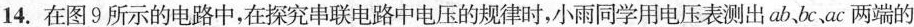
14.在图9所示的电路中，在探究串联电路中电压的规律时，小雨同学用电压表测出ab、bc、ac两端的